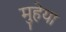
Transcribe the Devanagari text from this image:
मुहेया